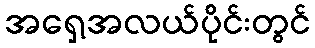
အရှေ့အလယ်ပိုင်းတွင်